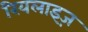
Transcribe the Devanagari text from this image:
रियलाइज़